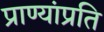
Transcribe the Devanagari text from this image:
प्राण्यांप्रति